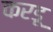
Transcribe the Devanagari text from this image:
करडू